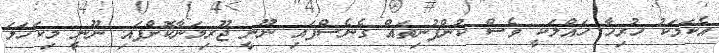
އެކަމަކު ހުރިހާ ހައްލަކީ ވެސް ކުންފުނިތައް ގެނެސްފައި ނޫނީ ޖޫރިމަނާކޮށްފައި ނޫނީ މިކަހަލަ